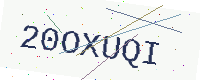
Text: 20OXUQI